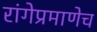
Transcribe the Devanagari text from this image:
रांगेप्रमाणेच